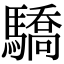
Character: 驕